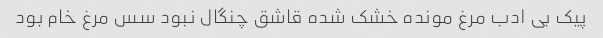
پیک بی ادب مرغ مونده خشک شده قاشق چنگال نبود سس مرغ خام بود